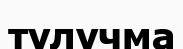
тулучма